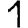
Digit: 1